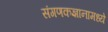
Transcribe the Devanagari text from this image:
संगणकज्ञानामध्ये